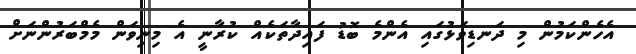
އެހެންކަމުން މި ދަނޑިވަޅުގައި އެންމެ ބޮޑު ފައިދާތަކެއް ކުރާނީ އެ މިނިވަން މެމްބަރުންނަށް